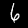
Digit: 6